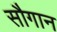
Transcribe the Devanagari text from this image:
सौगान